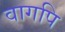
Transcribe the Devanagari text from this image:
वागपि